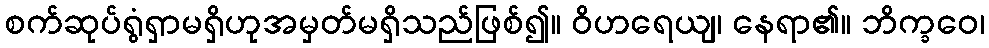
စက်ဆုပ်ရွံရှာမရှိဟုအမှတ်မရှိသည်ဖြစ်၍။ ဝိဟရေယျ၊ နေရာ၏။ ဘိက္ခဝေ၊